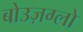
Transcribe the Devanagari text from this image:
बोउज़ग्लो